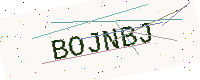
Text: BOJNBJ